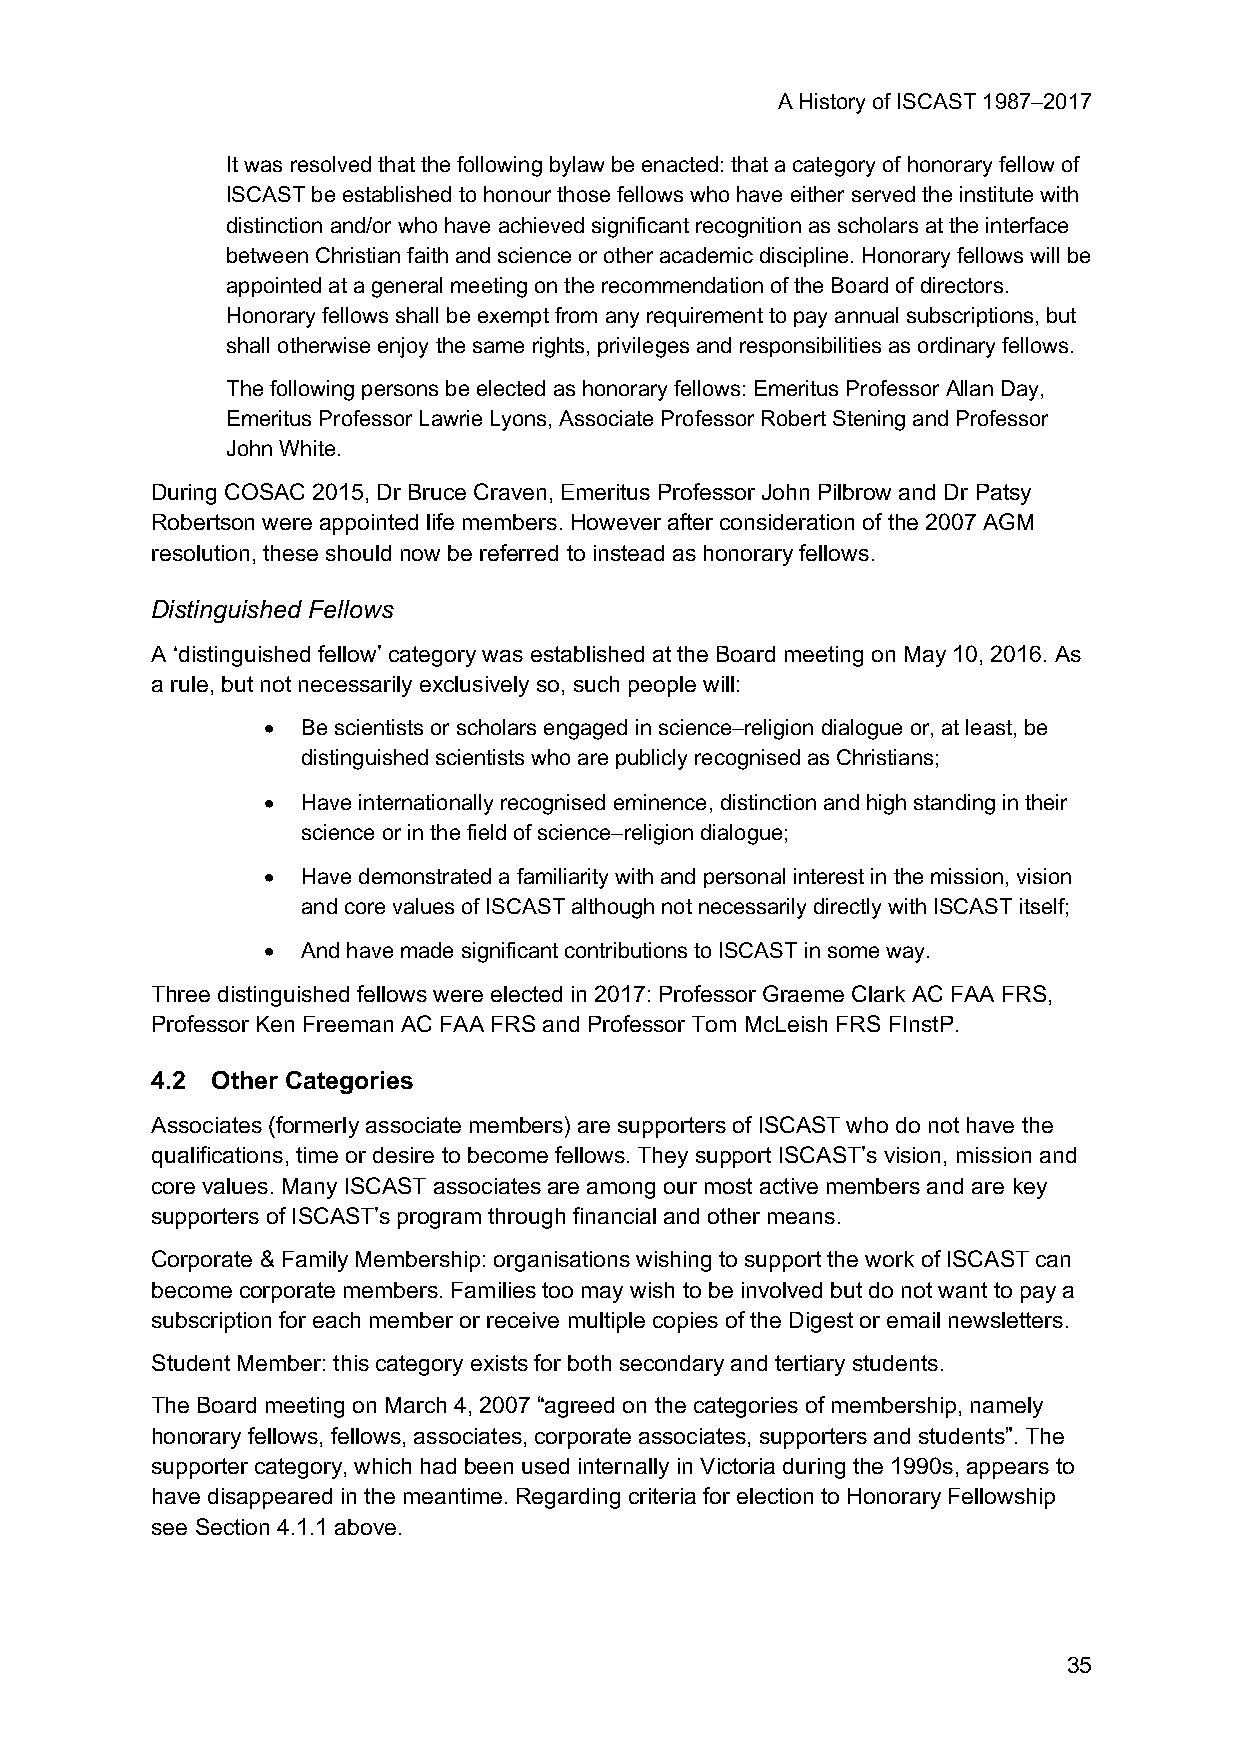
A History of ISCAST 1987–2017
 It was resolved that the following bylaw be enacted: that a category of honorary fellow of
 ISCAST be established to honour those fellows who have either served the institute with
 distinction and/or who have achieved significant recognition as scholars at the interface
 between Christian faith and science or other academic discipline. Honorary fellows will be
 appointed at a general meeting on the recommendation of the Board of directors.
 Honorary fellows shall be exempt from any requirement to pay annual subscriptions, but
 shall otherwise enjoy the same rights, privileges and responsibilities as ordinary fellows.
 The following persons be elected as honorary fellows: Emeritus Professor Allan Day,
 Emeritus Professor Lawrie Lyons, Associate Professor Robert Stening and Professor
 John White.
 During COSAC 2015, Dr Bruce Craven, Emeritus Professor John Pilbrow and Dr Patsy
 Robertson were appointed life members. However after consideration of the 2007 AGM
 resolution, these should now be referred to instead as honorary fellows.
 Distinguished Fellows
 A ‘distinguished fellow’ category was established at the Board meeting on May 10, 2016. As
 a rule, but not necessarily exclusively so, such people will:
 •  Be scientists or scholars engaged in science–religion dialogue or, at least, be
 distinguished scientists who are publicly recognised as Christians;
 •  Have internationally recognised eminence, distinction and high standing in their
 science or in the field of science–religion dialogue;
 •  Have demonstrated a familiarity with and personal interest in the mission, vision
 and core values of ISCAST although not necessarily directly with ISCAST itself;
 •  And have made significant contributions to ISCAST in some way.
 Three distinguished fellows were elected in 2017: Professor Graeme Clark AC FAA FRS,
 Professor Ken Freeman AC FAA FRS and Professor Tom McLeish FRS FInstP.
 4.2 Other Categories
 Associates (formerly associate members) are supporters of ISCAST who do not have the
 qualifications, time or desire to become fellows. They support ISCAST’s vision, mission and
 core values. Many ISCAST associates are among our most active members and are key
 supporters of ISCAST’s program through financial and other means.
 Corporate & Family Membership: organisations wishing to support the work of ISCAST can
 become corporate members. Families too may wish to be involved but do not want to pay a
 subscription for each member or receive multiple copies of the Digest or email newsletters.
 Student Member: this category exists for both secondary and tertiary students.
 The Board meeting on March 4, 2007 “agreed on the categories of membership, namely
 honorary fellows, fellows, associates, corporate associates, supporters and students”. The
 supporter category, which had been used internally in Victoria during the 1990s, appears to
 have disappeared in the meantime. Regarding criteria for election to Honorary Fellowship
 see Section 4.1.1 above.
 35